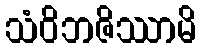
သံဝိဘဇိဿာမိ